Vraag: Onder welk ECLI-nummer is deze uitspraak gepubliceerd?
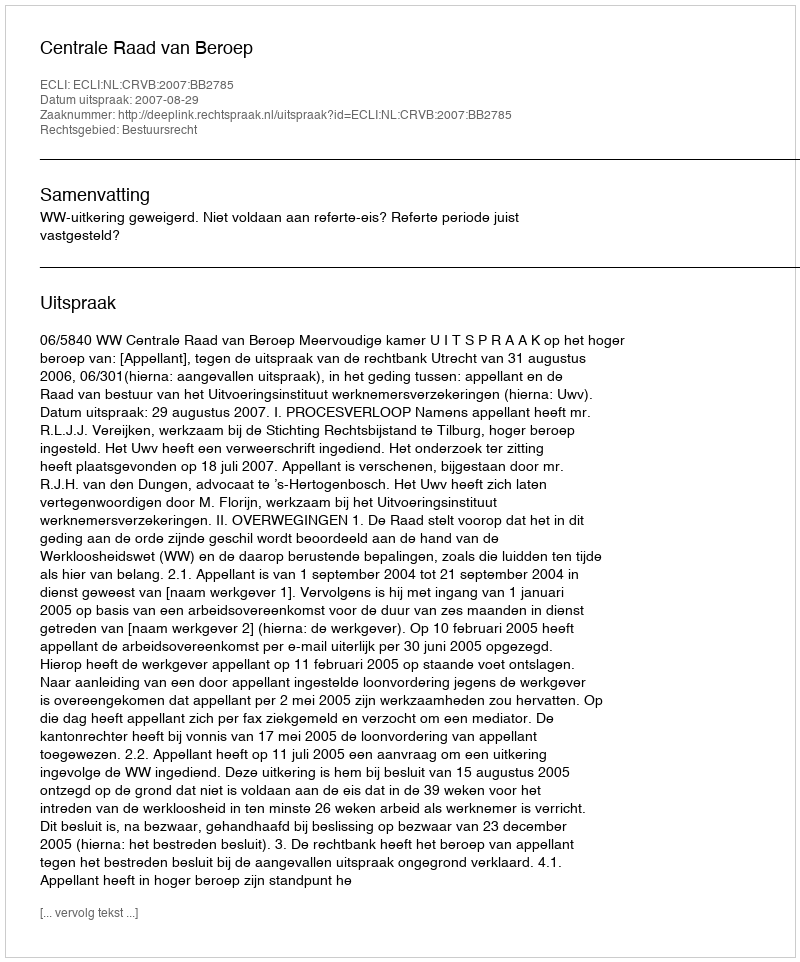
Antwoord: ECLI:NL:CRVB:2007:BB2785